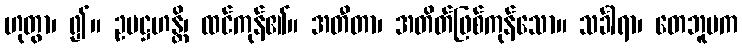
ဟုတွာ၊ ၍။ ဥပဋ္ဌဟန္တိ၊ ထင်ကုန်၏။ အတီတာ၊ အတိတ်ဖြစ်ကုန်သော။ သင်္ခါရာ၊ တေဘူမက